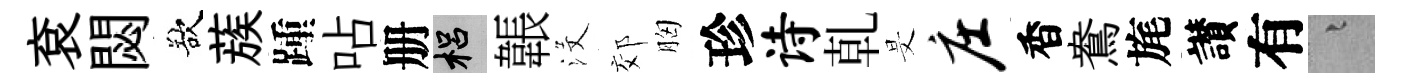
袞閟欲蔟踵呫册梠韔沒郊胸珍诗乹旻庄香鴦旄讃有融